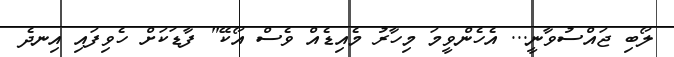
ލޯބި ޖައްސުވާނީ... އެހެންވީމަ މިހާރު މެއިޑެއް ވެސް އޯކޭ" ފާޑަކަށް ހެވިފައި އިނދެ